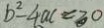
b ^ { 2 } - 4 a c = 3 0